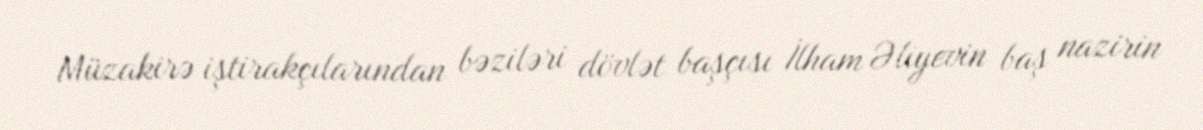
Müzakirə iştirakçılarından bəziləri dövlət başçısı İlham Əliyevin baş nazirin